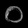
Digit: ၀